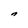
Character: n